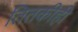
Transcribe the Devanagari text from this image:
तितकीही